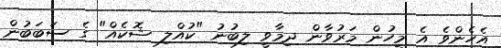
އެހެންވެ އެ މީހުން މަރުވާން ދިމާވީ ލިބުނު "ކުއްލި ޝޮކެއް" ގެ ސަބަބުން